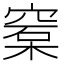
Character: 𥦼